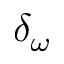
\delta _ { \omega }